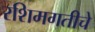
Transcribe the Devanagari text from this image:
रशिमगतीचे